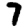
Digit: 7